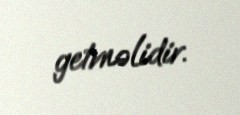
getməlidir.